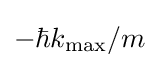
-\hbar k_{\text{max}}/m